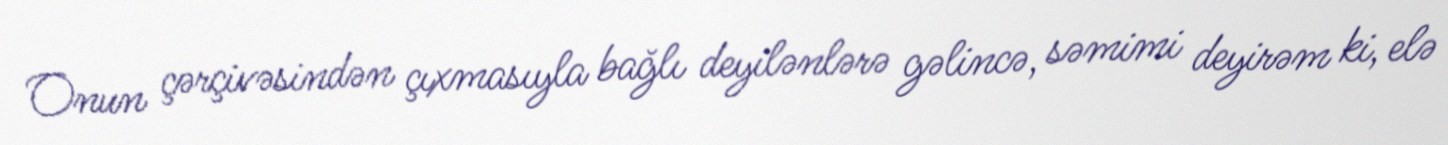
Onun çərçivəsindən çıxmasıyla bağlı deyilənlərə gəlincə, səmimi deyirəm ki, elə